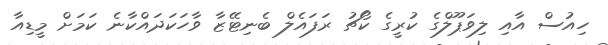
ހިއުސް އާއި ލިވަޕޫލްގެ ކުރީގެ ކޯޗު ރަފައެލް ބެނިޓޭޒާ ވާހަކަދައްކާނެ ކަމަށް މީޑިއާ